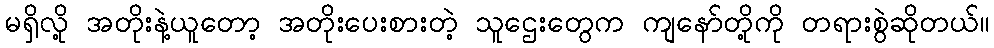
မရှိလို့ အတိုးနဲ့ယူတော့ အတိုးပေးစားတဲ့ သူဌေးတွေက ကျနော်တို့ကို တရားစွဲဆိုတယ်။